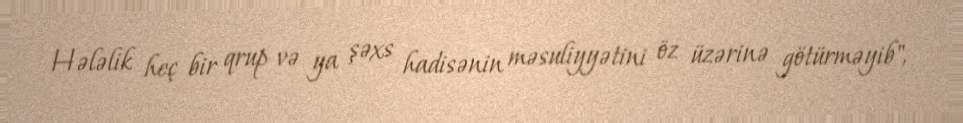
Hələlik heç bir qrup və ya şəxs hadisənin məsuliyyətini öz üzərinə götürməyib",